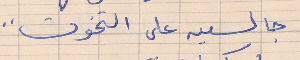
جالسين على التخوت"